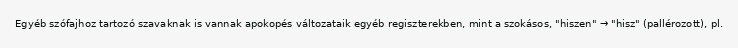
Egyéb szófajhoz tartozó szavaknak is vannak apokopés változataik egyéb regiszterekben, mint a szokásos, "hiszen" → "hisz" (pallérozott), pl.